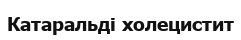
Катаральді холецистит